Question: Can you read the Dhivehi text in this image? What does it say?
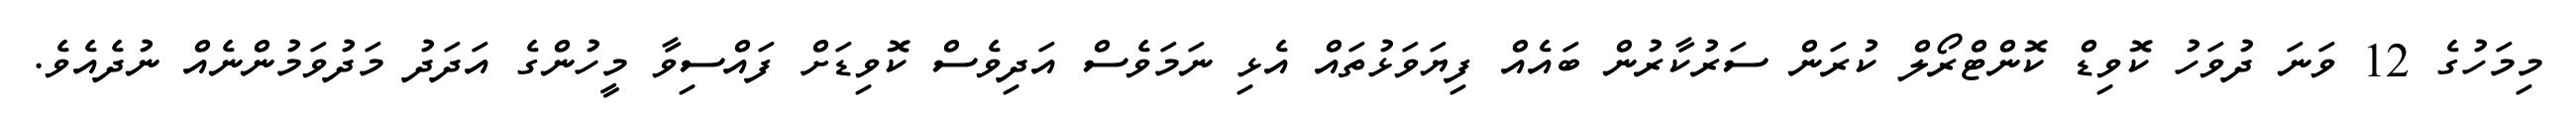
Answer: މިމަހުގެ 12 ވަނަ ދުވަހު ކޮވިޑް ކޮންޓްރޯލް ކުރަން ސަރުކާރުން ބައެއް ފިޔަވަޅުތައް އެޅި ނަމަވެސް އަދިވެސް ކޮވިޑަށް ފައްސިވާ މީހުންގެ އަދަދު މަދުވަމުންނެއް ނުދެއެވެ.